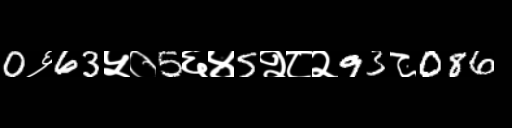
Text: 0६63५०5६४5२८२93८086